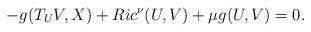
LaTeX: \begin{align*}-g(T_U V, X) + Ric^\nu (U, V) + \mu g(U,V) = 0.\end{align*}